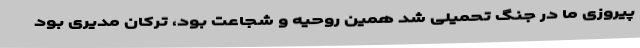
پیروزی ما در جنگ تحمیلی شد همین روحیه و شجاعت بود، ترکان مدیری بود